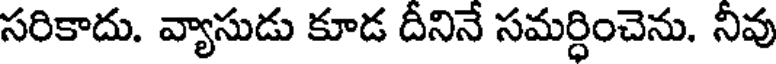
సరికాదు. వ్యాసుడు కూడ దీనినే సమర్ధించెను. నీవు